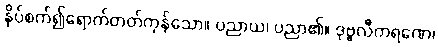
နှိပ်စက်၍ရောက်တတ်ကုန်သော။ ပညာယ၊ ပညာ၏။ ဒုဗ္ဗလီကရဏေ၊